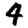
Digit: 4